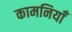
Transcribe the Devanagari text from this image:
कामनियाँ